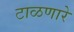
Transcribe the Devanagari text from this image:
टाळणारे